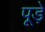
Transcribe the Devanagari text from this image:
पूड़े